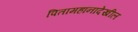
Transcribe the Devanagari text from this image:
पितामहांनादेखील